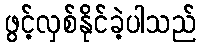
ဖွင့်လှစ်နိုင်ခဲ့ပါသည်